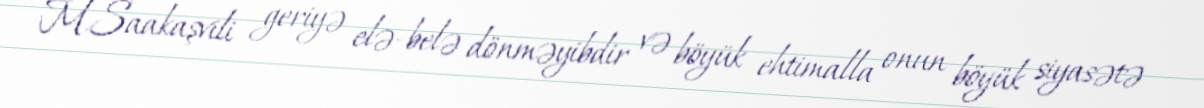
M.Saakaşvili geriyə elə-belə dönməyibdir və böyük ehtimalla onun böyük siyasətə